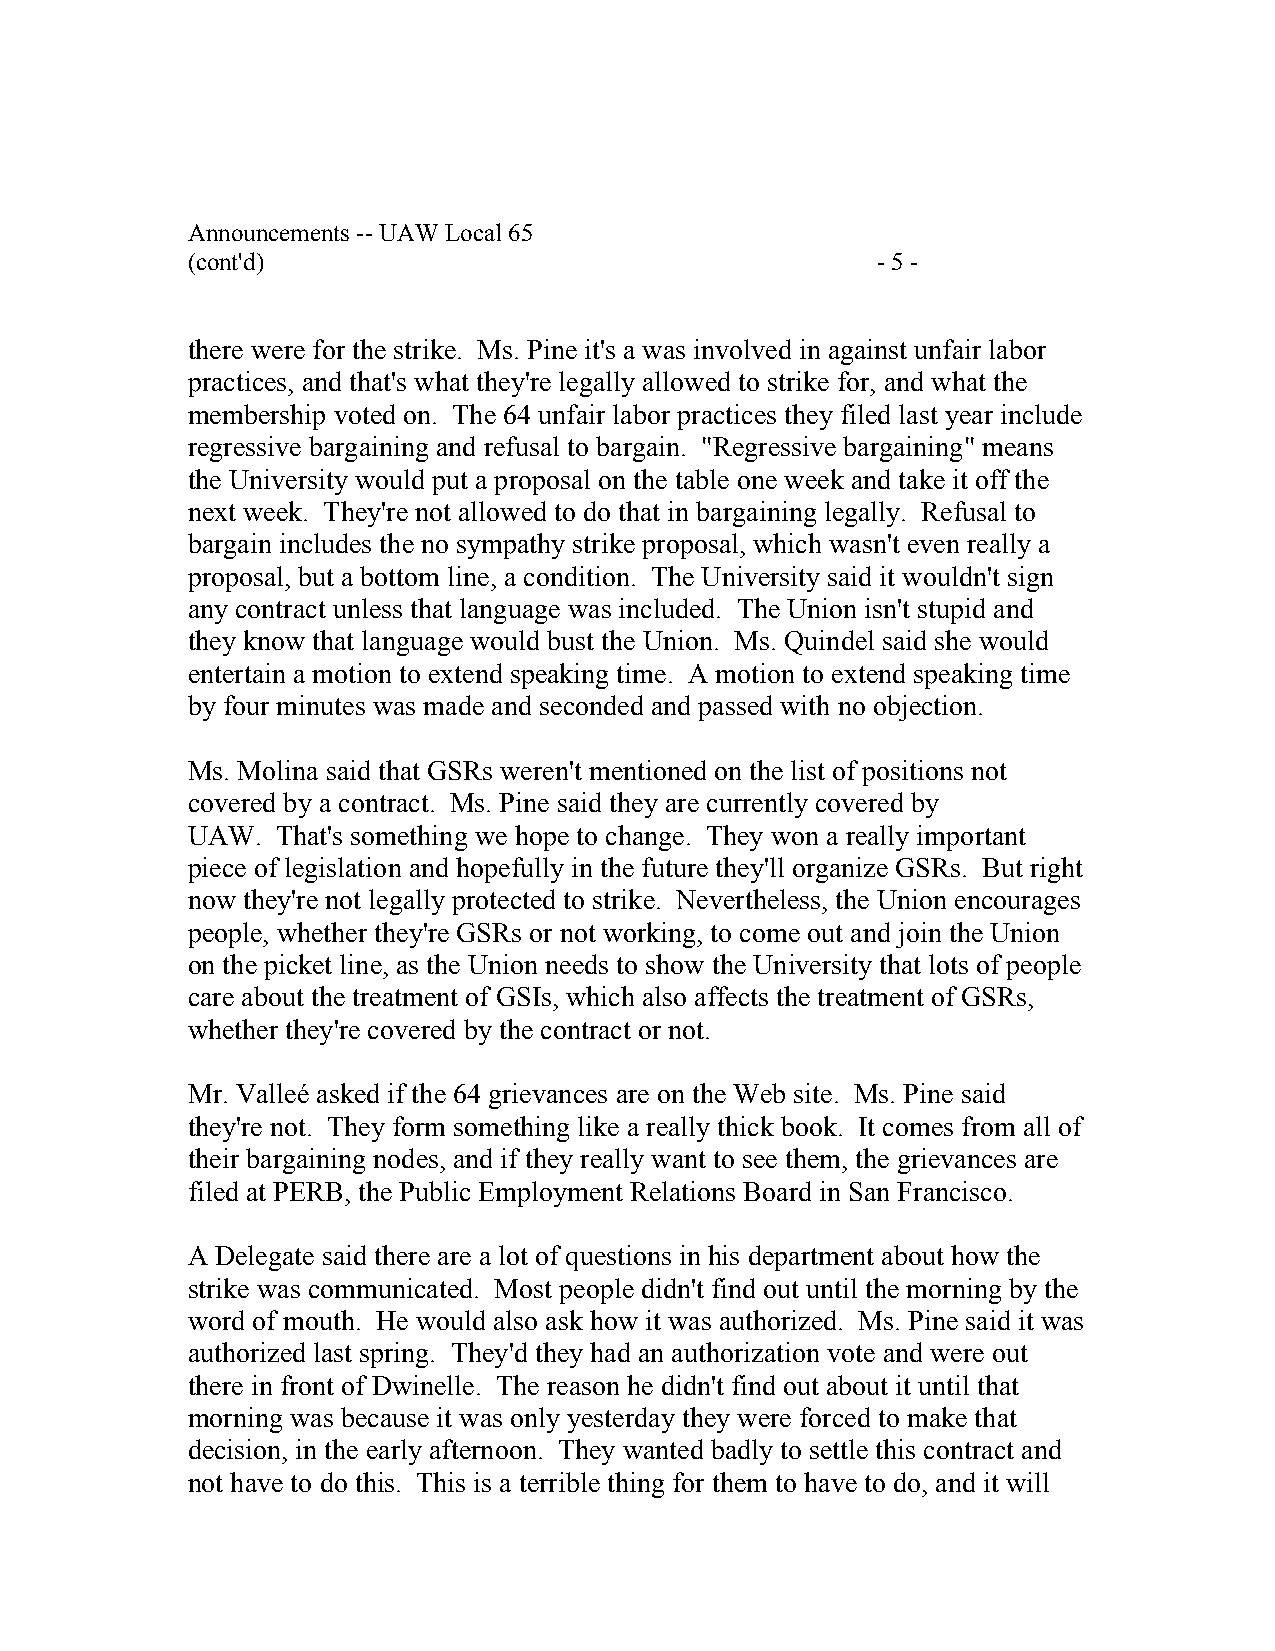
Announcements -- UAW Local 65
 (cont'd)                                      - 5 -
 there were for the strike. Ms. Pine it's a was involved in against unfair labor
 practices, and that's what they're legally allowed to strike for, and what the
 membership voted on. The 64 unfair labor practices they filed last year include
 regressive bargaining and refusal to bargain. "Regressive bargaining" means
 the University would put a proposal on the table one week and take it off the
 next week. They're not allowed to do that in bargaining legally. Refusal to
 bargain includes the no sympathy strike proposal, which wasn't even really a
 proposal, but a bottom line, a condition. The University said it wouldn't sign
 any contract unless that language was included. The Union isn't stupid and
 they know that language would bust the Union. Ms. Quindel said she would
 entertain a motion to extend speaking time. A motion to extend speaking time
 by four minutes was made and seconded and passed with no objection.
 Ms. Molina said that GSRs weren't mentioned on the list of positions not
 covered by a contract. Ms. Pine said they are currently covered by
 UAW.  That's something we hope to change. They won a really important
 piece of legislation and hopefully in the future they'll organize GSRs. But right
 now they're not legally protected to strike. Nevertheless, the Union encourages
 people, whether they're GSRs or not working, to come out and join the Union
 on the picket line, as the Union needs to show the University that lots of people
 care about the treatment of GSIs, which also affects the treatment of GSRs,
 whether they're covered by the contract or not.
 Mr. Valleé asked if the 64 grievances are on the Web site. Ms. Pine said
 they're not. They form something like a really thick book. It comes from all of
 their bargaining nodes, and if they really want to see them, the grievances are
 filed at PERB, the Public Employment Relations Board in San Francisco.
 A Delegate said there are a lot of questions in his department about how the
 strike was communicated. Most people didn't find out until the morning by the
 word of mouth. He would also ask how it was authorized. Ms. Pine said it was
 authorized last spring. They'd they had an authorization vote and were out
 there in front of Dwinelle. The reason he didn't find out about it until that
 morning was because it was only yesterday they were forced to make that
 decision, in the early afternoon. They wanted badly to settle this contract and
 not have to do this. This is a terrible thing for them to have to do, and it will